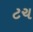
ટચ